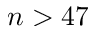
n > 4 7